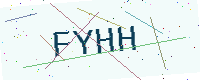
Text: FYHH